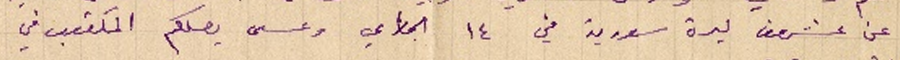
عن عشرون ليرة سورية في ١٤ الجاري وعسى يصلكم المكتوب في